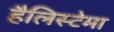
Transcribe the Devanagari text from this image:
हैलिस्टेमा